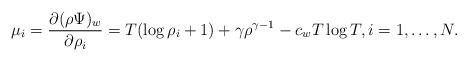
LaTeX: \begin{align*} \mu_i = \frac{\partial(\rho \Psi)_w}{\partial \rho_i} = T(\log\rho_i + 1) + \gamma\rho^{\gamma-1} - c_w T\log T, i=1,\ldots,N. \end{align*}